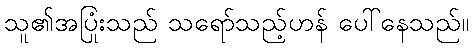
သူ၏အပြုံးသည် သရော်သည့်ဟန် ပေါ်နေသည်။